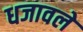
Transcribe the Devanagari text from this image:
धजावले